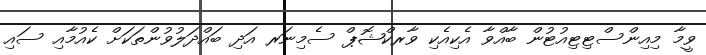
ވީމާ މިއިންސްޓިޓިއުޓުން ބާއްވާ އެކިއެކި ވާރކްޝޮޕް ސެމިނަރ އަދި ބައްދަލުވުންތަކަށް ކެއުމާއި ސައި